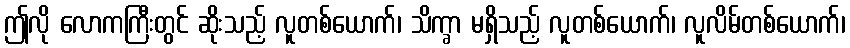
ဤလို လောကကြီးတွင် ဆိုးသည့် လူတစ်ယောက်၊ သိက္ခာ မရှိသည့် လူတစ်ယောက်၊ လူလိမ်တစ်ယောက်၊